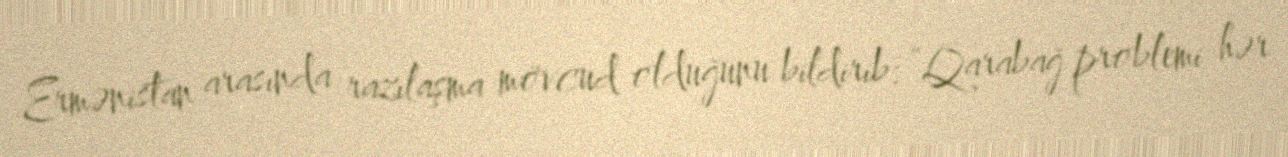
Ermənistan arasında razılaşma mövcud olduğunu bildirib: “Qarabağ problemi hər